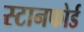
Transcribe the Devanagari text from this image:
स्टानफोर्ड